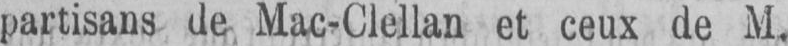
partisans de Mac-Clellan et ceux de M.